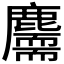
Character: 𪋣